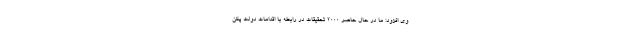
وی افزود: ما در حال حاضر ۲۰۰۰ تحقیقات در رابطه با اقدامات دولت پکن